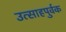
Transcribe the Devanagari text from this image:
उत्साहपुर्वक